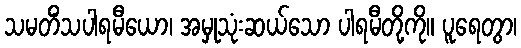
သမတိံသပါရမီယော၊ အမှုသုံးဆယ်သော ပါရမီတို့ကို။ ပူရေတွာ၊